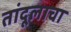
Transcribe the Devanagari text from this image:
तांदूलाचा